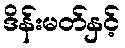
ဒိန်းမတ်နှင့်